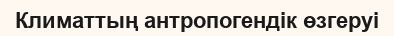
Климаттың антропогендік өзгеруі